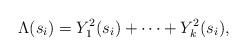
LaTeX: \begin{align*}\Lambda(s_i) = Y_1^2(s_i) + \cdots + Y_k^2(s_i),\end{align*}